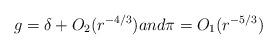
LaTeX: \begin{align*}g = \delta+ O_2(r^{-4/3})and \pi = O_1(r^{-5/3}) \end{align*}